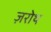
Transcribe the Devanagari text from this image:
ज़रोथ